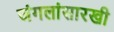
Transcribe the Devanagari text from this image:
जंगलांसारखी